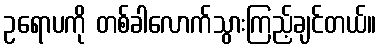
ဥရောပကို တစ်ခါလောက်သွားကြည့်ချင်တယ်။